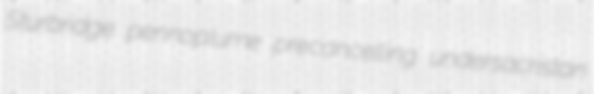
Sturbridge pennoplume precancelling undersacristan